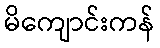
မိကျောင်းကန်